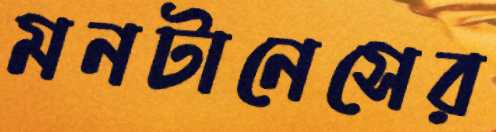
মনটানেসের